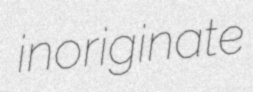
inoriginate